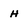
Character: h